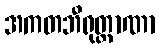
အကတဘီရုတ္တာဏာ